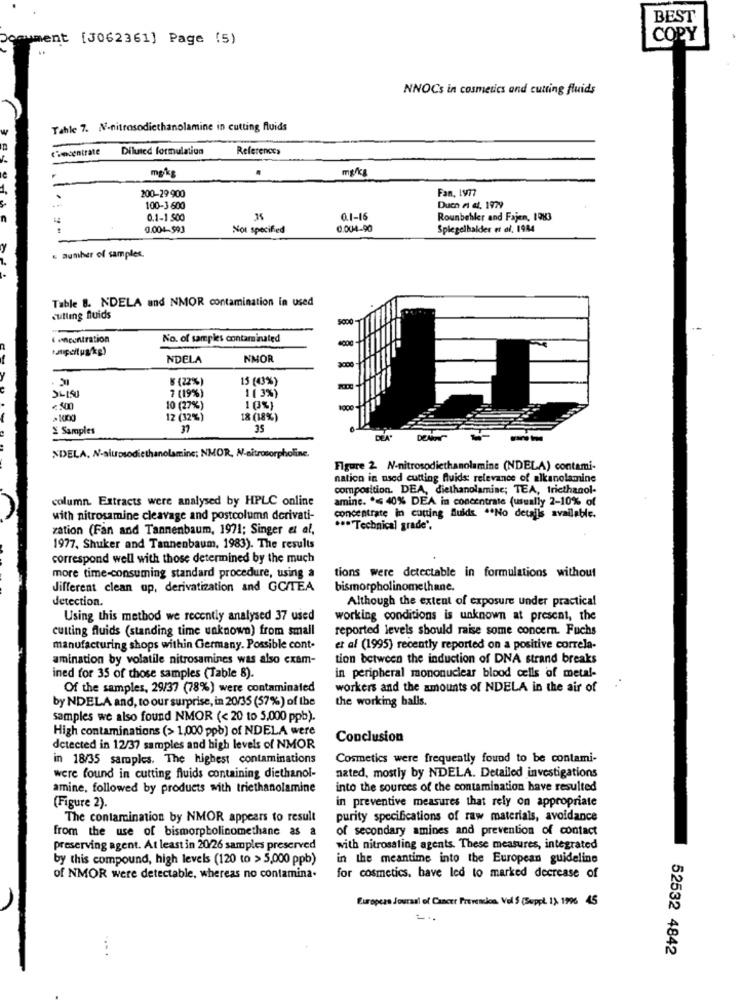
BEST
ment [J062361] Page (5)
COPY
NNOCs in cosmetics and cutting fluids
Tahle 7. N-nitrosodiethanolamine in cutting fluids
C'hocentrate
Diluted formulation
References
.
mg/kg
mg/kg
200-29 900
Fan, 1977
100-3 600
Duch A 4, 1979
0.1-1 500
0.1-16
Rounbehler and Fajen, 1983
0.004-593
Not specified
0.004-90
Spiegelhalder et al. 1984
« number of samples.
Table B. NDELA and NMOR contamination in used
cutting fluids
5000-
I centration
No. of samples contaminated
NDELA
NMOR
3000
8 8
K (22%)
15 (43%)
7 (19%)
1(3%)
<500
10 (27%)
1(3%)
12 (32%)
18 (18%)
X Samples
37
35
DEA.
"DELA, N-alupsodiethanolamine; NMOR, N-nitrosorpholine,
Figure 2. N-nitrosodiethanolamine (NDELA) contami-
nation in used cutting fluids: relevance of alkanolamine
composition. DEA, diethanolamine; TEA, triethanol-
column. Extracts were analysed by HPLC online
amine. .< 40% DEA in concentrate (usually 2-10% of
with nitrosamine cleavage and postcolumn derivati-
concentrate in cutting fluids .No details available.
zation (Fan and Tannenbaum, 1971; Singer et al,
.. "Technical grade'.
1977, Shuker and Tannenbaum, 1983). The results
correspond well with those determined by the much
more time-consuming standard procedure, using a
tions were detectable in formulations without
different clean up, derivatization and GC/TEA
bismorpholinomethane.
detection.
Although the extent of exposure under practical
Using this method we recently analysed 37 used
working conditions is unknown at present, the
cutting fluids (standing time unknown) from small
reported levels should raise some concern. Fuchs
manufacturing shops within Germany. Possible cont.
et af (1995) recently reported on a positive correla-
amination by volatile nitrosamines was also exam-
tion between the induction of DNA strand breaks
ined for 35 of those samples (Table 8).
in peripheral mononuclear blood cells of metal-
Of the samples, 29/37 (78%) were contaminated
workers and the amounts of NDELA in the air of
by NDELA and, to our surprise, in 20/35 (57%) of the
the working balls.
samples we also found NMOR (< 20 to 5.000 ppb).
High contaminations (> 1,000 ppb) of NDELA were
Conclusion
detected in 12/37 samples and high levels of NMOR
in 18/35 samples. The highest contaminations
Cosmetics were frequently found to be contami-
were found in cutting fluids containing diethanol-
nated, mostly by NDELA. Detailed investigations
amine, followed by products with triethanolamine
into the sources of the contamination have resulted
in preventive measures that rely on appropriate
(Figure 2).
The contamination by NMOR appears to result
purity specifications of raw materials, avoidance
from the use of bismorpbolicomethane as a
of secondary amines and prevention of contact
preserving agent. At least in 20/26 samples preserved
with nitrosating agents. These measures, integrated
by this compound, high levels (120 to > 5,000 ppb)
in the meantime into the European guideline
of NMOR were detectable, whereas no contamina.
for cosmetics. have led to marked decrease of
European Journal of Cancer Prevention. Vol $ (Suppl. 1). 1996 45
52532 4842